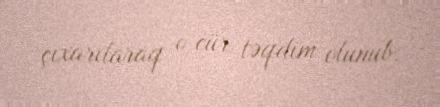
çıxarılaraq o cür təqdim olunub.